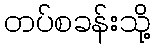
တပ်စခန်းသို့